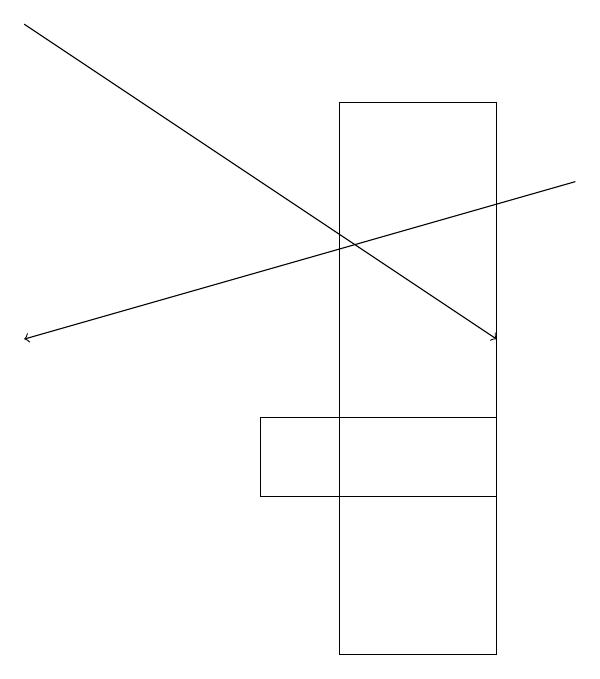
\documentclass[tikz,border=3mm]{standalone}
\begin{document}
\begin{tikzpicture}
\draw[->] (8,17) -- (1,15);
\draw (7,14) rectangle (4,13);
\draw[->] (1,19) -- (7,15);
\draw (5,18) rectangle (7,11);
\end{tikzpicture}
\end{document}